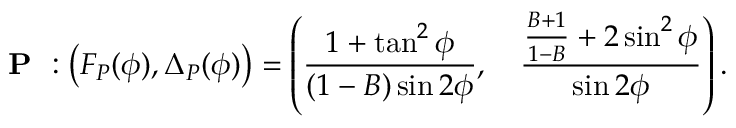
\textbf { P } : \left( F _ { P } ( \phi ) , \Delta _ { P } ( \phi ) \right) = \left( \frac { 1 + \tan ^ { 2 } { \phi } } { ( 1 - B ) \sin { 2 \phi } } , \quad \frac { \frac { B + 1 } { 1 - B } + 2 \sin ^ { 2 } { \phi } } { \sin { 2 \phi } } \right) .